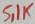
Text: 5,1K